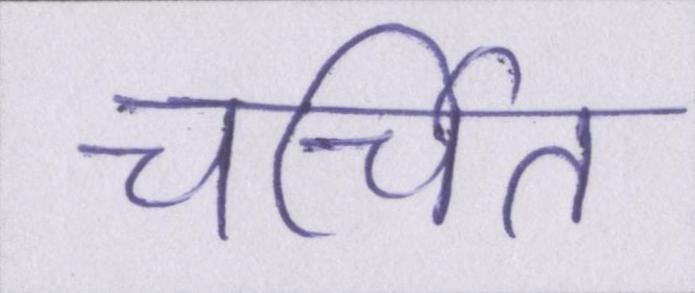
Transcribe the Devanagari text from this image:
चर्चित